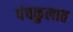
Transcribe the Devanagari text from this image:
पंचकुलात